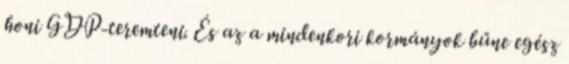
honi GDP-teremteni. És az a mindenkori kormányok bűne egész